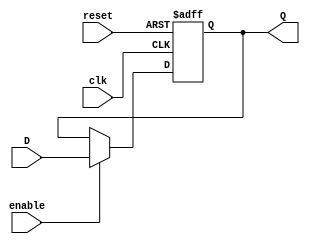
module FlipFlopRegister #(parameter N = 8) (
    input wire clk,                // Clock signal
    input wire reset,              // Asynchronous reset signal
    input wire enable,             // Enable signal
    input wire [N-1:0] D,         // Parallel input data
    output reg [N-1:0] Q          // Parallel output data
);

// Always block for flip-flop behavior
always @(posedge clk or posedge reset) begin
    if (reset) begin
        // Asynchronous reset: Set all flip-flops to 0
        Q <= {N{1'b0}};
    end else if (enable) begin
        // Capture input data on clock edge when enabled
        Q <= D;
    end
    // If enable is not active, retain the previous value of Q
end

endmodule